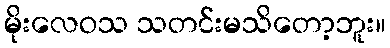
မိုးလေဝသ သတင်းမသိတော့ဘူး။